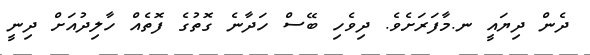
ދެން ދިޔައީ ނ.މާފަރަށެވެ. ދިވެހި ބޭސް ހަދާނެ ގޮތުގެ ފޮތެއް ހާލިދުއަށް ދިނީ